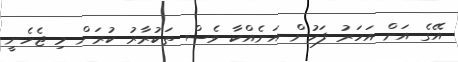
އޭގެ އަށް އަހަރު ފަހުން އަނެއްކާ ވެސް ތަކުރާރު ކުރަން މި ޖެހެނީ